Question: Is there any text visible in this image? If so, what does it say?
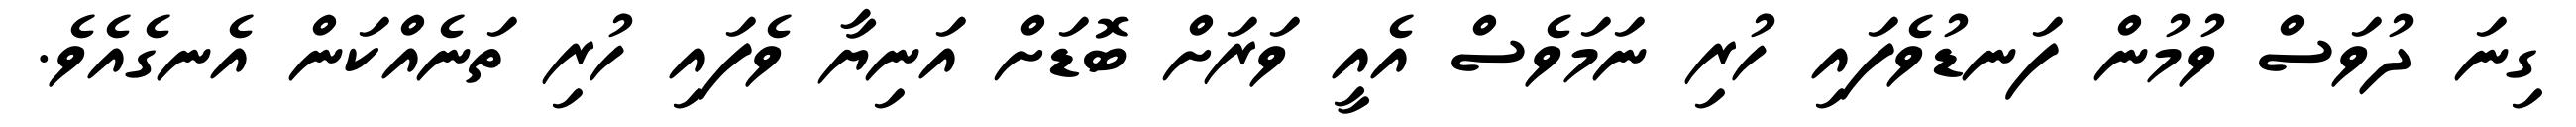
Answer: ގިނަ ދުވަސް ވުމުން ފަނޑުވެފައި ހުރި ނަމަވެސް އެއީ ވަރަށް ބޮޑަށް އަނިޔާ ވެފައި ހުރި ތަނެއްކަން އެނގެއެވެ.